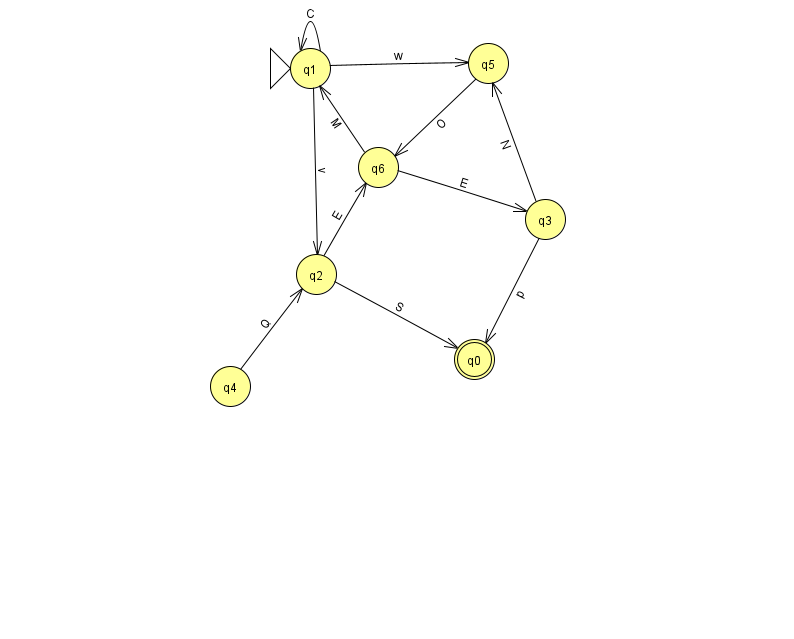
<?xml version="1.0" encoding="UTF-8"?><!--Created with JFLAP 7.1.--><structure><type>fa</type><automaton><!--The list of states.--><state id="0" name="q0"><x>474.0</x><y>346.0</y><final/></state><state id="1" name="q1"><x>310.0</x><y>55.0</y><initial/></state><state id="2" name="q2"><x>316.0</x><y>261.0</y></state><state id="3" name="q3"><x>545.0</x><y>206.0</y></state><state id="4" name="q4"><x>230.0</x><y>373.0</y></state><state id="5" name="q5"><x>488.0</x><y>50.0</y></state><state id="6" name="q6"><x>378.0</x><y>154.0</y></state><!--The list of transitions.--><transition><from>4</from><to>2</to><read>Q</read></transition><transition><from>2</from><to>0</to><read>S</read></transition><transition><from>2</from><to>6</to><read>E</read></transition><transition><from>5</from><to>6</to><read>O</read></transition><transition><from>1</from><to>1</to><read>C</read></transition><transition><from>3</from><to>0</to><read>p</read></transition><transition><from>6</from><to>3</to><read>E</read></transition><transition><from>3</from><to>5</to><read>N</read></transition><transition><from>1</from><to>2</to><read>v</read></transition><transition><from>6</from><to>1</to><read>M</read></transition><transition><from>1</from><to>5</to><read>w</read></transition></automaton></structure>